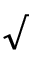
\surd